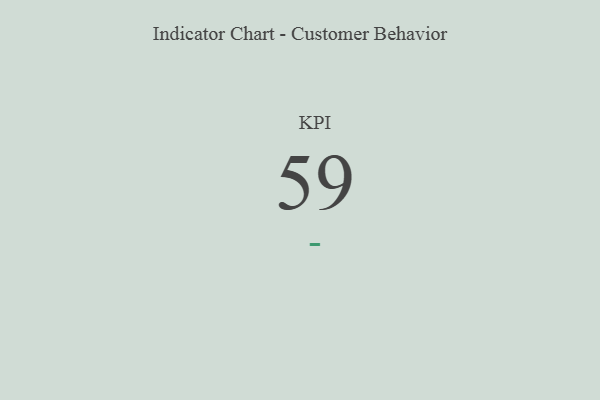
{"axis": {"x": "KPI", "y": "Value"}, "legend": [""], "data": [{"x": "KPI", "y": 59, "type": ""}]}